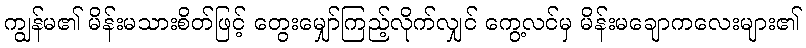
ကျွန်မ၏ မိန်းမသားစိတ်ဖြင့် တွေးမျှော်ကြည့်လိုက်လျှင် ကွေ့လင်မှ မိန်းမချောကလေးများ၏